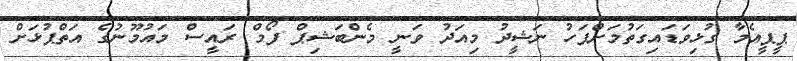
ޕީޕީއެމާ ގުޅިވަޑައިގަތުމަށްފަހު ނަޝީދު މިއަދު ވަނީ މެންބަޝިޕް ފޯމް ރައީސް މައުމޫނުގެ އަތްޕުޅަށް